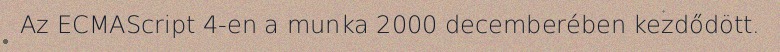
Az ECMAScript 4-en a munka 2000 decemberében kezdődött.